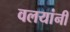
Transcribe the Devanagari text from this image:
वलयांनी